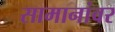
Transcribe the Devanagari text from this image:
सामानांवर